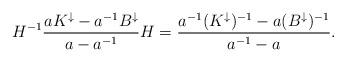
LaTeX: \begin{align*}H^{-1} \frac{a K^\downarrow - a^{-1} B^\downarrow}{a - a^{-1}} H &= \frac{a^{-1} (K^\downarrow)^{-1} - a (B^\downarrow)^{-1}}{a^{-1}-a}.\end{align*}